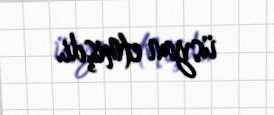
üsyan etmişdi.